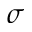
\sigma